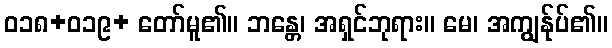
ဝ၁၈+ဝ၁၉+ တော်မူ၏။ ဘန္တေ၊ အရှင်ဘုရား။ မေ၊ အကျွန်ုပ်၏။